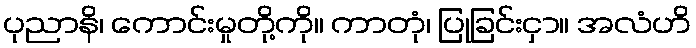
ပုညာနိ၊ ကောင်းမှုတို့ကို။ ကာတုံ၊ ပြုခြင်းငှာ။ အလံဟိ